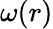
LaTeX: \omega(r)